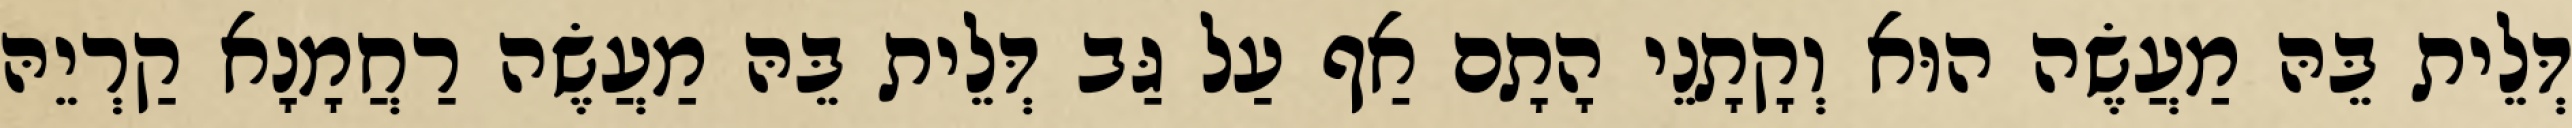
דְּלֵית בֵּהּ מַעֲשֶׂה הוּא וְקָתָנֵי הָתָם אַף עַל גַּב דְּלֵית בֵּהּ מַעֲשֶׂה רַחֲמָנָא קַרְיֵהּ